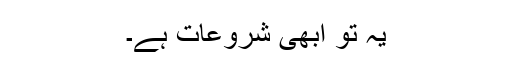
یہ تو ابھی شروعات ہے۔